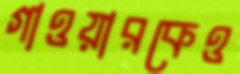
গাওয়ারকেও